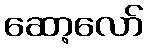
ဆော့လော်